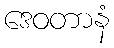
ဒေဝတာနံ